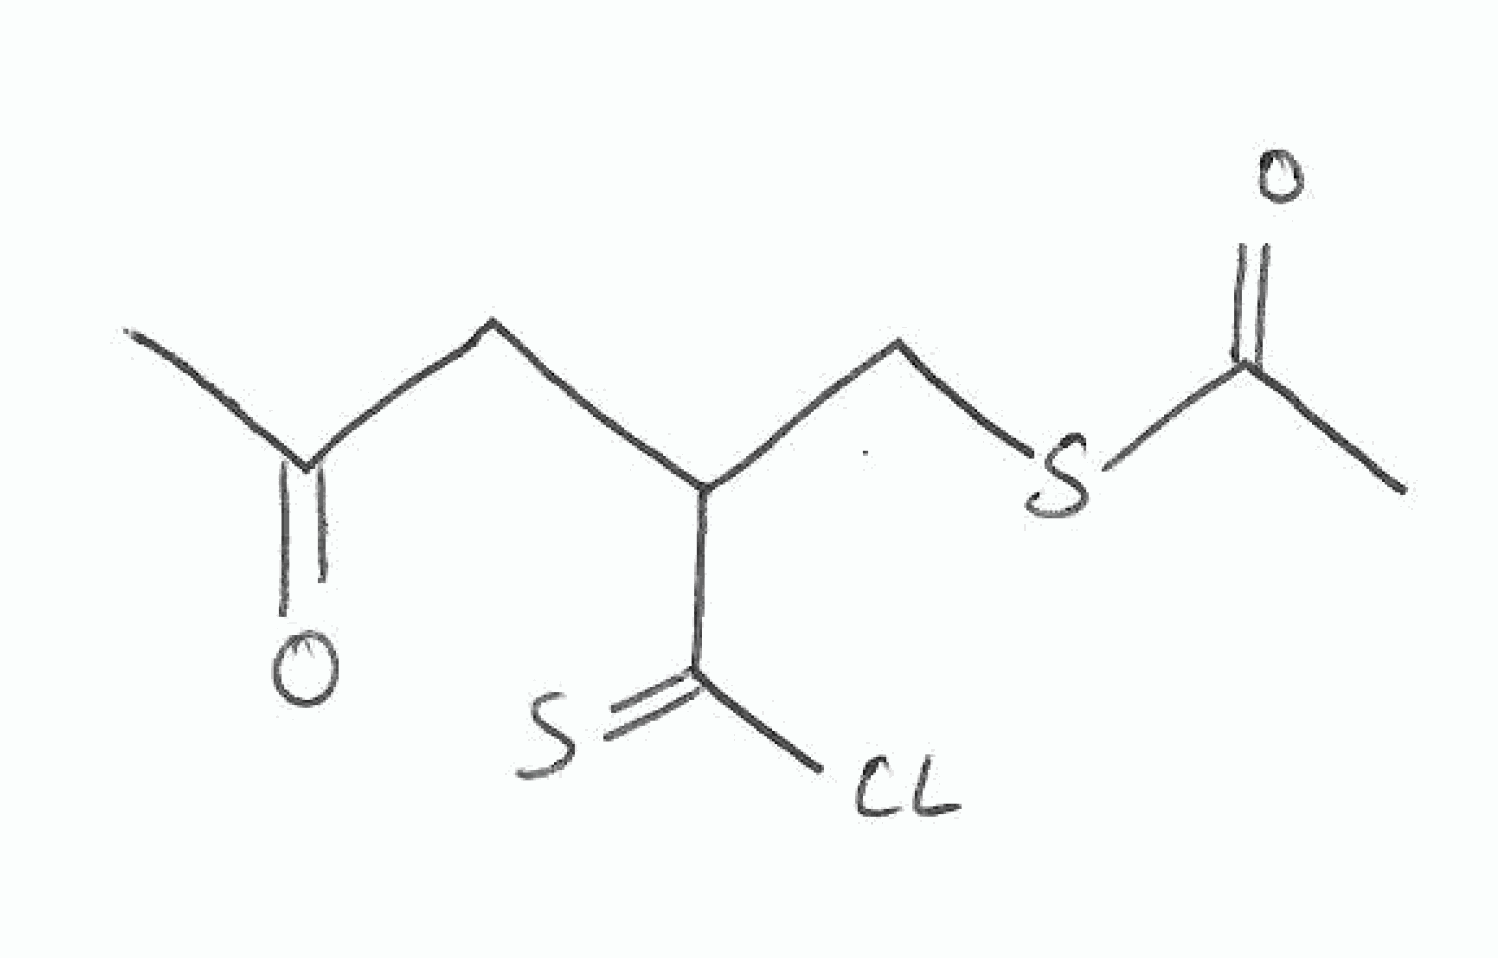
Simplified molecular-input line-entry system (SMILES) notation of the given molecule:
CC(=O)CC(CSC(=O)C)C(=S)Cl